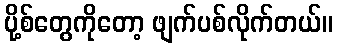
ပို့စ်တွေကိုတော့ ဖျက်ပစ်လိုက်တယ်။